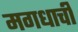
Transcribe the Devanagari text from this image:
मगधाची